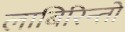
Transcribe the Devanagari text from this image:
लाबिरिन्तो